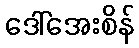
ဒေါ်အေးစိန်